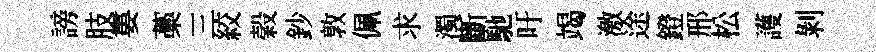
謗肢婁藁三絞榖鈔敦佩求濁斷馳吁竭激途鐙邢松護剝